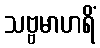
သဗ္ဗမာဟရိံ